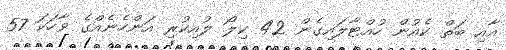
އާއި ބަތް ކެއުން ހުއްޓާލައިގެން 42 ކިލޯ ލުއިކުރި އަންހެނެއްގެ ވާހަކަ 57